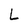
Character: L